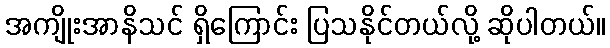
အကျိုးအာနိသင် ရှိကြောင်း ပြသနိုင်တယ်လို့ ဆိုပါတယ်။